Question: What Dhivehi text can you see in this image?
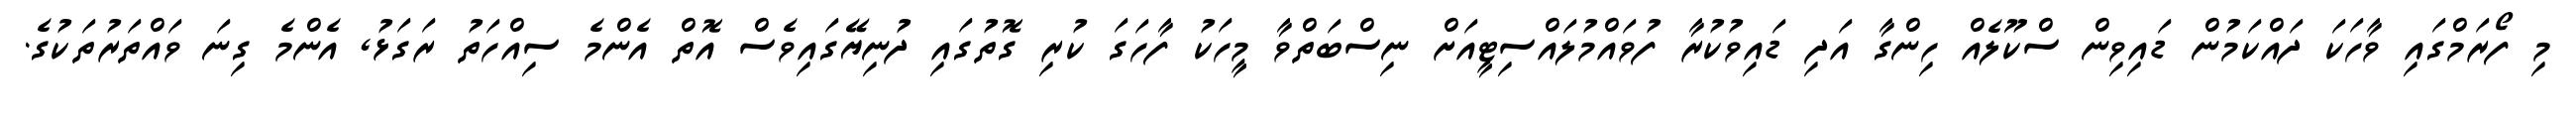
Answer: މި ފޯރަމްގައި ވާހަކަ ދައްކަމުން ޑައިވިން ސްކޫލެއް ހިންގާ އަދި ޑައިވުކުރާ ފުވައްމުލައްސިޓީއަށް ނިސްބަތްވާ މީހަކު ފާހަގަ ކުރި ގޮތުގައި ދުނިޔޭގައިވެސް އޮތް އެންމެ ސިއްހަތު ރަގަޅު, އެންމެ ގިނަ ވައްތަރުތަކުގެ.